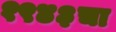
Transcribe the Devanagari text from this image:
१९४३चा